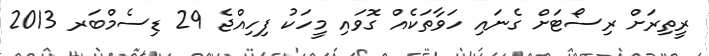
ރީތިރަށް ރިސޯޓަށް ގެނައި ހަވާތަކެއް ގޮވައި މީހަކު ފިހިއްޖެ 29 ޑިސެމްބަރ 2013